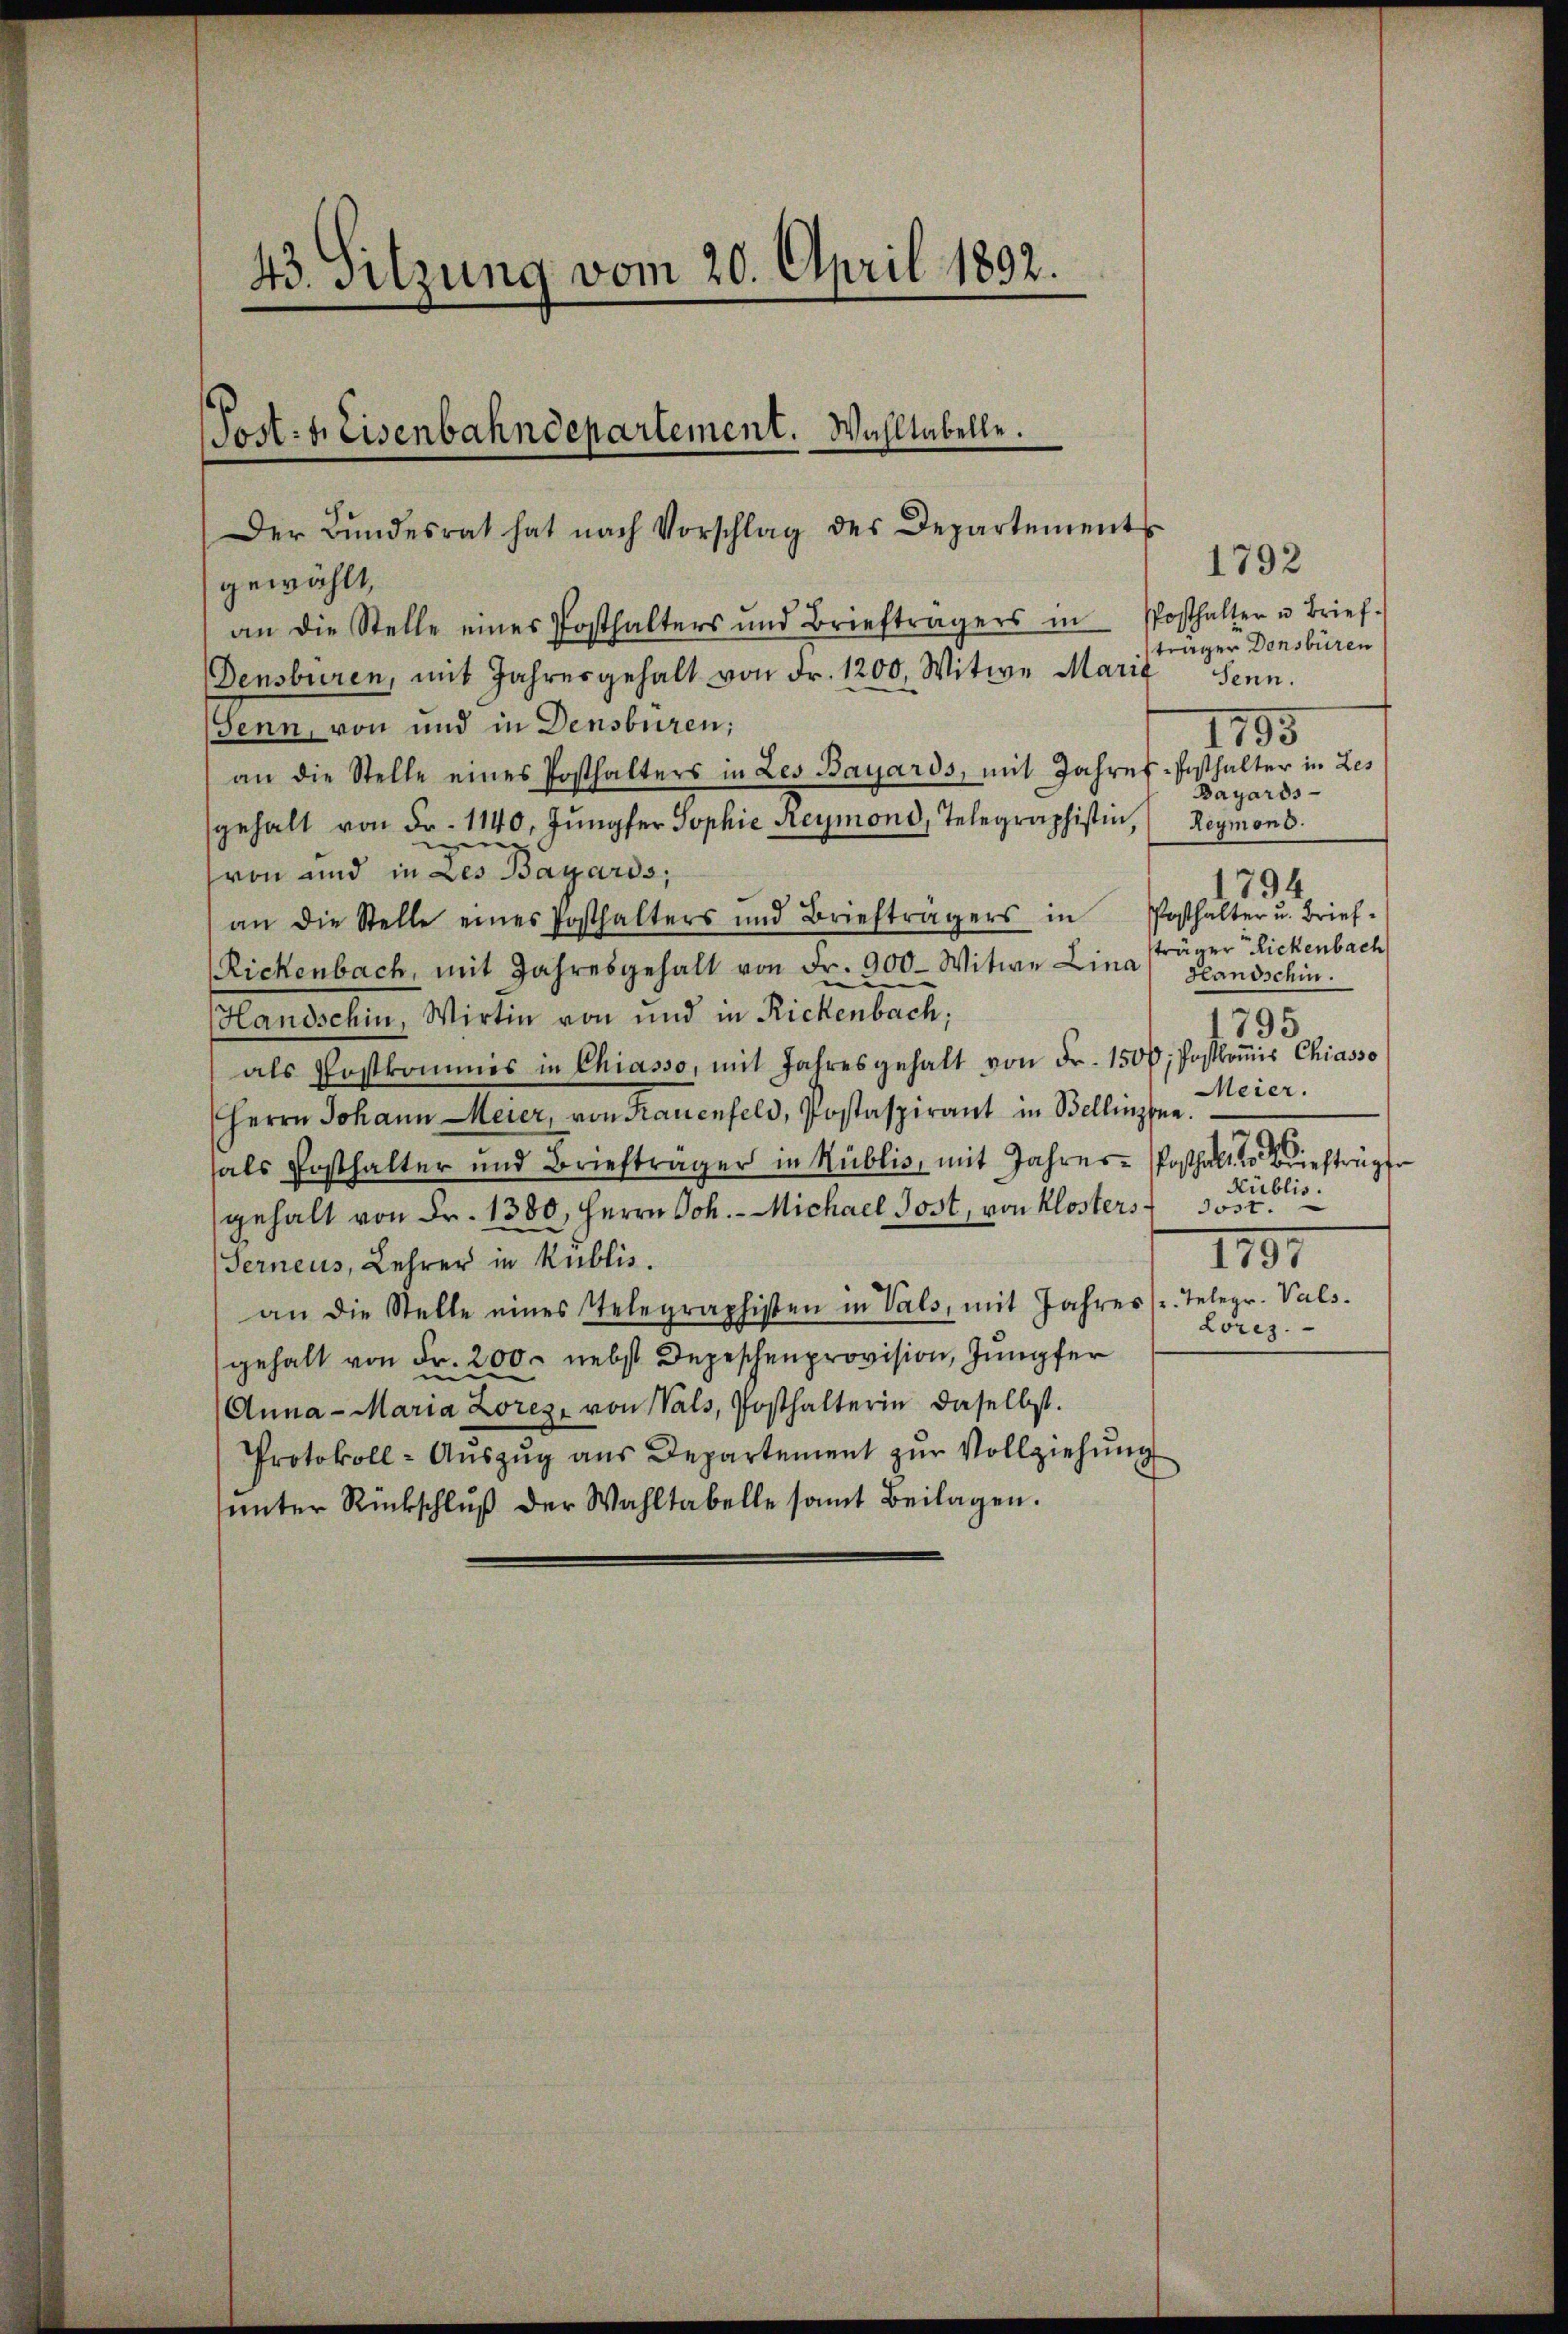
43. Sitzung vom 20. April 1892.

Der Bŭndesrat hat nach Vorschlag des Departements
gewählt,
an die Stelle eines Posthalters und Briefträgers in
Densburen, mit Jahresgehalt von Fr. 1200. Witwe Marie
Senn, von und in Densburen;
an die Stelle eines Posthalters in Les Bayards, mit Jahres-Festhalter in Les
gehalt von Fr. 1140. Jŭngfer Sophie Reymond, Telegraphistin, Reymons.
.
e
von und in des Bayards,
an die Stelle eines Posthalters und Briefträgers in Posthalter u. Brief-
Rickenbach, mit Jahresgehalt von Fr. 900- Witwe Lina glandschin.
Handschin, Wirtin von und in Rickenbach,
als Postkommes in Chiasso, mit Jahresgehalt von Fr. 1500; Postkomis Chiasso
Herrn Johann Meier, von Frauenfeld, Postaspirant in Bellinzona.
fals Posthalter und Briefträger in Küblis, mit Jahres Posthalt von beträgen
gehalt von Fr. 1380, Herrn Joh. Michael Jost, von Klosters
Terneus, Lehrer in Kublis.
an die Stelle eines Telegraphisten in Vals, mit Jahres (r. Telegr. Vals.
gehalt von Fr. 200. nebst Depeschenprovision, Jungfer
Anna - Maria Lorez, von Wals, Posthalterin daselbst.
Protokoll-Aŭszŭg aŭs Departement zŭr Vollziehŭng
ŭnter Rückschluß der Wahltabelle samt Beilagen.

(Post. h. Eisenbahndepartement. Wahltabelle.

1792
Posthalter u. Brief.
träger Densbüren
Senn.
1795
Bayards
794
träger Rickenbach
1795
Meier.
Kublis.
Jost.
1797
Löres.